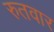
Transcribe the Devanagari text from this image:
रुतवार